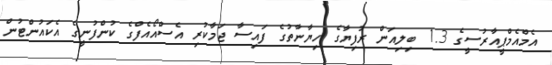
އެމްއެމްޕީއާރުސީގެ 1.3 ބިލިއަން ރުފިޔާގެ ހިޔާނާތުގެ ފައިސާ ޖަމާކުރި އެސްއޯއެފްގެ ކުންފުނީގެ އެކައުންޓުން